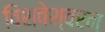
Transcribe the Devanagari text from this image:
विश्वेश्वरन